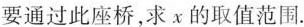
要通过此座桥，求x的取值范围.